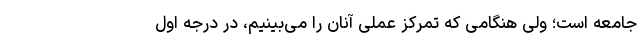
جامعه است؛ ولی هنگامی که تمرکز عملی آنان را می‌بینیم، در درجه اول